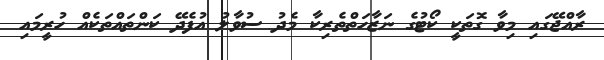
ރާއްޖޭގައި މިވާ ގޮތަކީ ކޯޓުގެ ނަޒާހަތްތެރިކާ މެދު ސުވާލު އުފެދޭ ކަންތައްތަކެއް ހުރީމައި